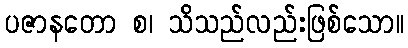
ပဇာနတော စ၊ သိသည်လည်းဖြစ်သော။